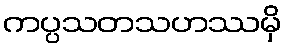
ကပ္ပသတသဟဿမှိ